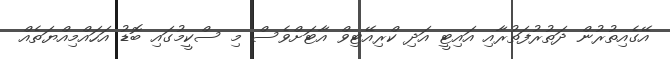
އޭގެއިތުރުން ދަތުރުފަތުރާއި އައިޓީ އަދި ކްރިއޭޓިވް އާޓަށްވެސް މި ސްކީމުގައި ބޮޑު އަހައްމިއްޔަތެއް